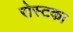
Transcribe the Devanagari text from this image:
रोस्टका